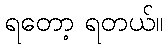
ရတော့ ရတယ်။